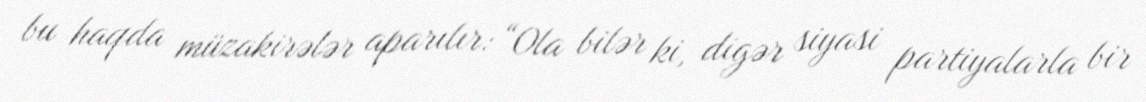
bu haqda müzakirələr aparılır: “Ola bilər ki, digər siyasi partiyalarla bir